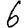
Digit: 6